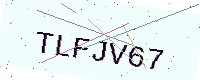
Text: TLFJV67